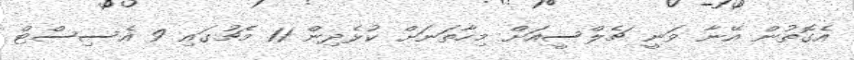
އެގޮތުން އޭނާ ވަނީ ޗެލްސީއަށް މިހާތަނަށް ކުޅެދިން 11 މެޗުގައި 9 އެސިސްޓް